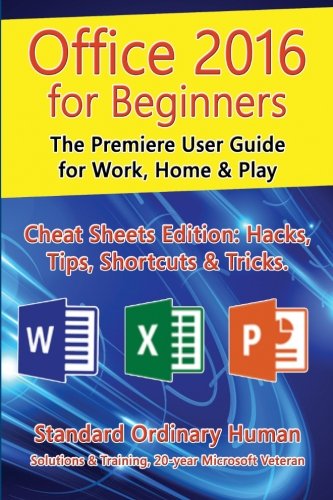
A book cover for Office 2016 for Beginners: The Premiere User Guide for Work, Home & Play.: Cheat Sheets Edition: Hacks, Tips, Shortcuts & Tricks.; Ordinary Human; Computers & Technology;